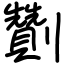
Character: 劗